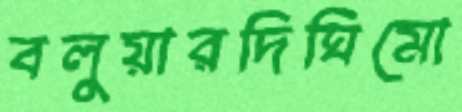
বলুয়ারদিঘিমো